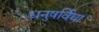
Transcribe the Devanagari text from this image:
धनुषर्विद्या